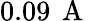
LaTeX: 0.09\, \mathrm{~A~}